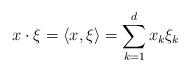
LaTeX: \begin{align*}x\cdot\xi=\langle x, \xi\rangle=\sum_{k=1}^dx_k\xi_k \end{align*}